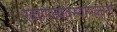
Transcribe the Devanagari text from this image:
खाणव्यवस्थापकांना